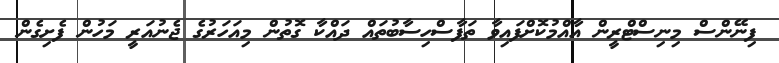
ފިނޭންސް މިނިސްޓްރީން އާއްމުކޮށްފައިވާ ތަފާސްހިސާބުތައް ދައްކާ ގޮތުން މިއަހަރުގެ ޖެނުއަރީ މަހުން ފެށިގެން